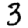
Digit: 3